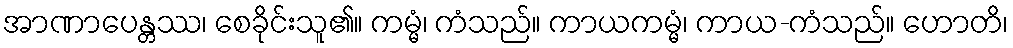
အာဏာပေန္တဿ၊ စေခိုင်းသူ၏။ ကမ္မံ၊ ကံသည်။ ကာယကမ္မံ၊ ကာယ-ကံသည်။ ဟောတိ၊